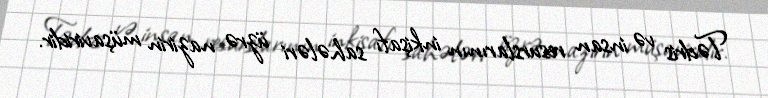
Tədris və insan resurslarının inkişafı sahələri üzrə nazirin müşaviridir.